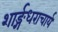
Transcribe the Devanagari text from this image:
शार्ङ्गधराचार्य